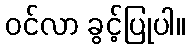
ဝင်လာ ခွင့်ပြုပါ။